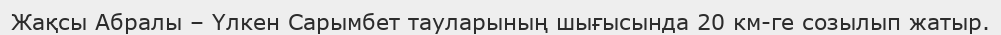
Жақсы Абралы – Үлкен Сарымбет тауларының шығысында 20 км-ге созылып жатыр.